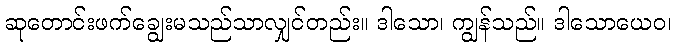
ဆုတောင်းဖက်ချွေးမသည်သာလျှင်တည်း။ ဒါသော၊ ကျွန်သည်။ ဒါသောယေဝ၊